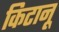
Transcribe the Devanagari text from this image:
किटानू